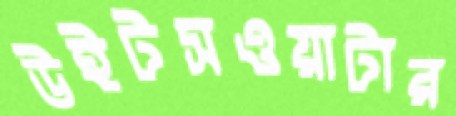
উইটসওয়াটার